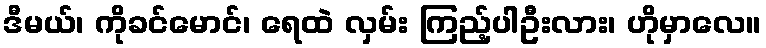
ဒီမယ်၊ ကိုခင်မောင်၊ ရေထဲ လှမ်း ကြည့်ပါဦးလား၊ ဟိုမှာလေ။